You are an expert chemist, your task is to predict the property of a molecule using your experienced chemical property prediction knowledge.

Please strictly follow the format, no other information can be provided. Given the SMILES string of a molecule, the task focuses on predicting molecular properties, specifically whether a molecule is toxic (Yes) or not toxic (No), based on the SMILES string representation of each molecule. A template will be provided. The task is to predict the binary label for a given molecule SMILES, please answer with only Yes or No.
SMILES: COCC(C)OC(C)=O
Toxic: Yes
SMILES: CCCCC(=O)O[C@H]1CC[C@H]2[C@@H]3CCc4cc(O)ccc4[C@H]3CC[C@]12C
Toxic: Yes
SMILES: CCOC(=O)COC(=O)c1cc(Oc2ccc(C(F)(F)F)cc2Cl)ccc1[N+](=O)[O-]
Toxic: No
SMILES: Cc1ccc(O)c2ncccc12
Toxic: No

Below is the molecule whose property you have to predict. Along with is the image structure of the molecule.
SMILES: CN(C/C=C/C#CC(C)(C)C)Cc1cccc2ccccc12
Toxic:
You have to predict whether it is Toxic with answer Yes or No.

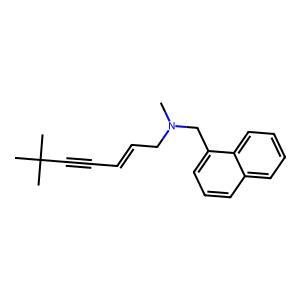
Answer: No